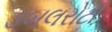
ડબલરોટી